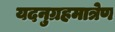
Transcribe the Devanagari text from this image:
यदनुग्रहमात्रेण